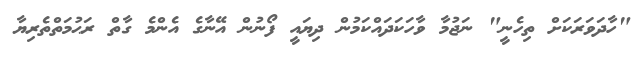
"ހާދަވަރަކަށް ތިހެނީ" ނަޖުމާ ވާހަކަދައްކަމުން ދިޔައީ ފޯނުން އޭނާގެ އެންމެ ގާތް ރަޙުމަތްތެރިޔާ